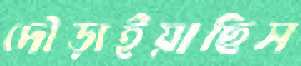
দৌড়াইয়াছিস